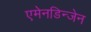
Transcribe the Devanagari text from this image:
एमेनडिन्जेन